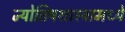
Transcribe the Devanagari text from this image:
ज्योतिषशास्त्रामध्ये